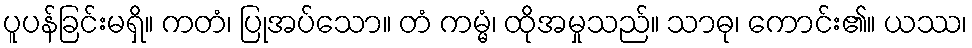
ပူပန်ခြင်းမရှိ။ ကတံ၊ ပြုအပ်သော။ တံ ကမ္မံ၊ ထိုအမှုသည်။ သာဓု၊ ကောင်း၏။ ယဿ၊